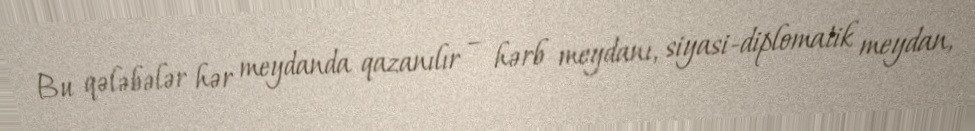
Bu qələbələr hər meydanda qazanılır – hərb meydanı, siyasi-diplomatik meydan,